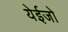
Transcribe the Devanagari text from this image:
येईजो